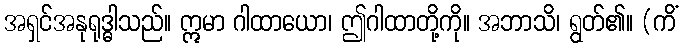
အရှင်အနုရုဒ္ဓါသည်။ ဣမာ ဂါထာယော၊ ဤဂါထာတို့ကို။ အဘာသိ၊ ရွတ်၏။ (ကိံ